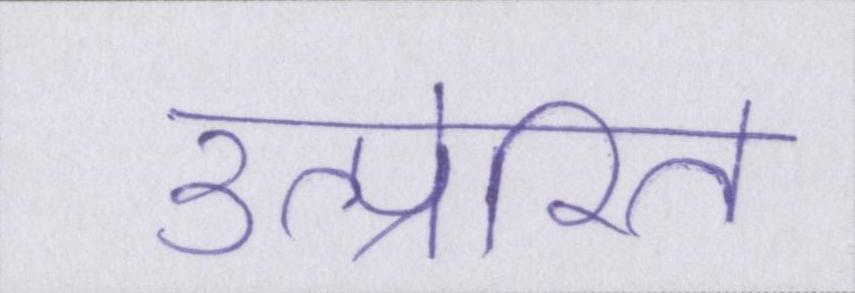
उत्प्रेरित